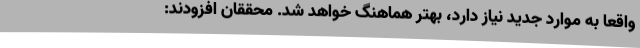
واقعا به موارد جدید نیاز دارد، بهتر هماهنگ خواهد شد. محققان افزودند: